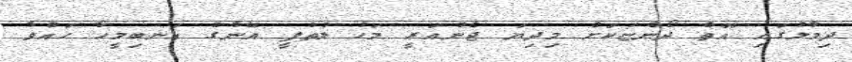
ދިމާލުގައި އޮތް ދޯންޏަކަށް މިދިޔަ ޖެނުއަރީ މަހު ލުތުފީ އޭނާގެ އަނބިމީހާ ހައްވާ